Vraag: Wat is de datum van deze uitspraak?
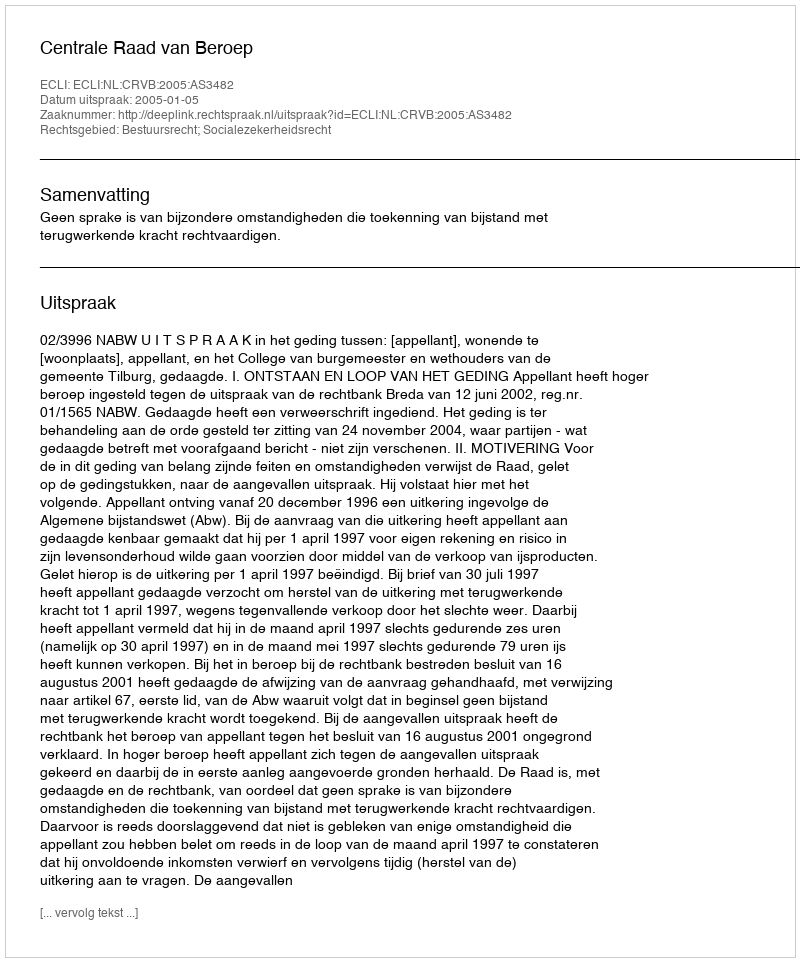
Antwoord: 2005-01-05